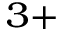
^ { 3 + }